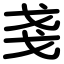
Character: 戔